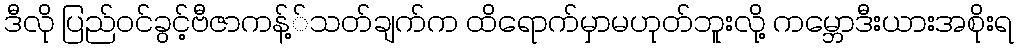
ဒီလို ပြည်ဝင်ခွင့်ဗီဇာကန့််သတ်ချက်က ထိရောက်မှာမဟုတ်ဘူးလို့ ကမ္ဘောဒီးယားအစိုးရ